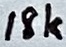
Text: 18k